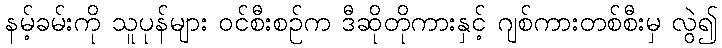
နမ့်ခမ်းကို သူပုန်များ ဝင်စီးစဉ်က ဒီဆိုတိုကားနှင့် ဂျစ်ကားတစ်စီးမှ လွဲ၍